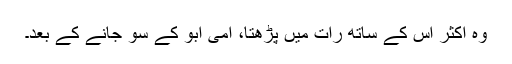
وہ اکثر اس کے ساتھ رات میں پڑھتا، امی ابو کے سو جانے کے بعد۔